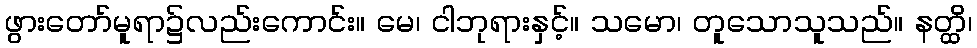
ဖွားတော်မူရာ၌လည်းကောင်း။ မေ၊ ငါဘုရားနှင့်။ သမော၊ တူသောသူသည်။ နတ္ထိ၊